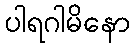
ပါရဂါမိနော